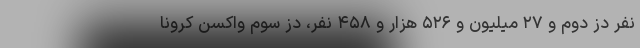
نفر دُز دوم و ۲۷ میلیون و ۵۲۶ هزار و ۴۵۸ نفر، دُز سوم واکسن کرونا